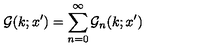
{ \cal G } ( k ; x ^ { \prime } ) = \sum _ { n = 0 } ^ { \infty } { \cal G } _ { n } ( k ; x ^ { \prime } )